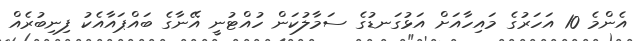
އެންމެ 10 އަހަރުގެ މައިހާއަށް އަޅުގަނޑުގެ ސަމާލުކަން ހުއްޓުނީ އޭނާގެ ބައްޕައާއެކު ފިނިބުރެއް